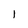
Character: 1